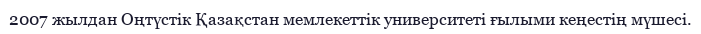
2007 жылдан Оңтүстік Қазақстан мемлекеттік университеті ғылыми кеңестің мүшесі.